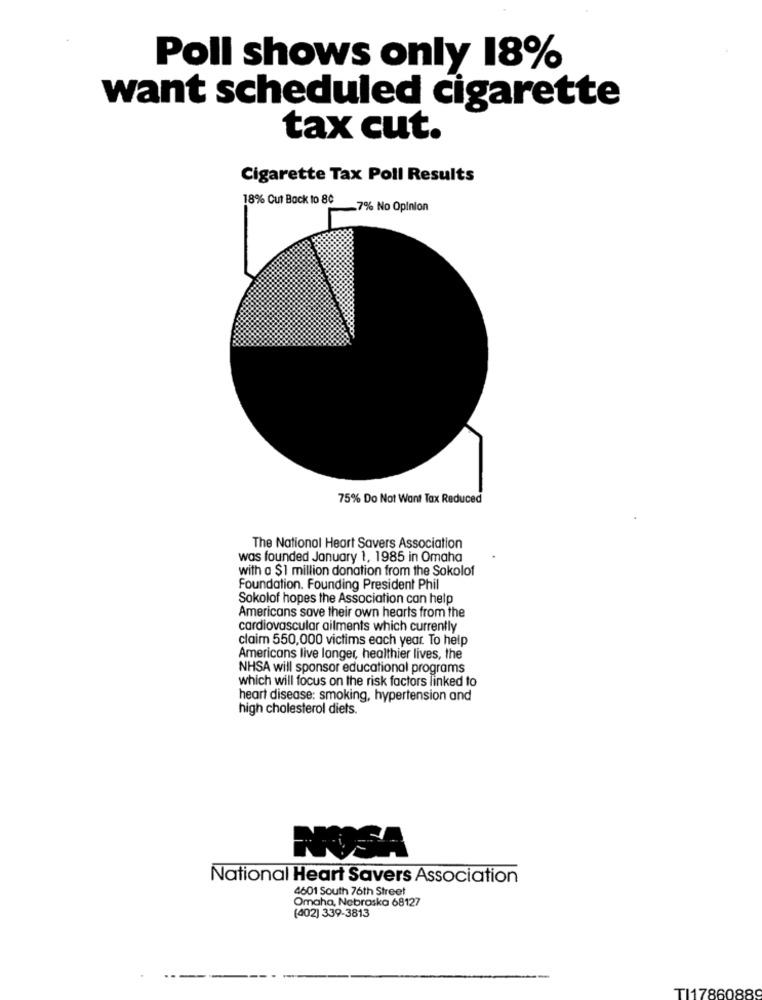
Poll shows only 18%
want scheduled cigarette
tax cut.
Cigarette Tax Poll Results
18% Cut Back to 80
_7% No Opinion
75% Do Not Want Tax Reduced
The National Heart Savers Association
was founded January 1, 1985 in Omaha
with a $1 million donation from the Sokolof
Foundation. Founding President Phil
Sokolof hopes the Association can help
Americans save their own hearts from the
cardiovascular ailments which currently
claim 550,000 victims each year. To help
Americans live longer, healthier lives, the
NHSA will sponsor educational programs
which will focus on the risk factors linked to
heart disease: smoking, hypertension and
high cholesterol diets.
NOSA
National Heart Savers Association
4601 South 76th Street
Omaha, Nebraska 68127
(402) 339-3813
TI17860889